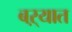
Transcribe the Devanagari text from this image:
बऱ्यात